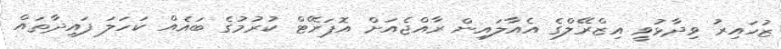
ޒުހައިރު ވިދާޅުވީ އިޒްރޭލްގެ އެއާލައިން ރާއްޖެއަށް އޮޕަރޭޓް ކުރުމުގެ ބައެއް ކަހަލަ ފައިދާތައް